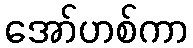
အော်ဟစ်ကာ